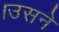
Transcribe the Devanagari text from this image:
।उसने